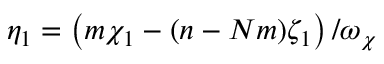
\eta _ { 1 } = \left( m \chi _ { 1 } - ( n - N m ) \zeta _ { 1 } \right) / \omega _ { \chi }